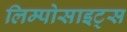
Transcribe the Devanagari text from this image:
लिम्पोसाइट्स